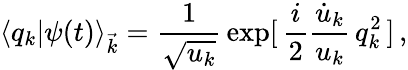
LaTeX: \langle q_{k}|\psi(t)\rangle_{\vec{k}}=\frac{1}{\sqrt{u_{k}}}\, \exp[\, \frac{i}{2}\frac{\dot{u}_{k}}{u_{k}}\, q_{k}^{2}\, ]\, ,